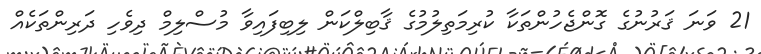
21 ވަނަ ޤަރުނުގެ ގޮންޖެހުންތަކާ ކުރިމަތިލުމުގެ ޤާބިލްކަން ލިބިފައިވާ މުސްލިމް ދިވެހި ދަރިންތަކެއް